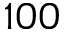
1 0 0